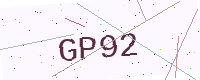
Text: GP92